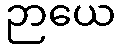
ဉာယေ